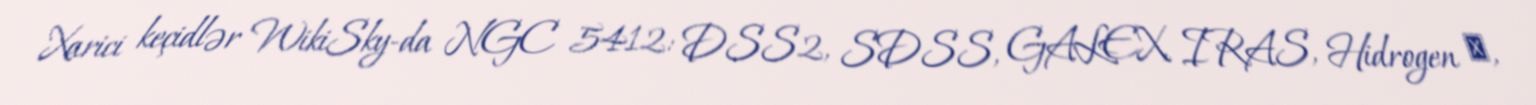
Xarici keçidlər WikiSky-da NGC 5412: DSS2, SDSS, GALEX, IRAS, Hidrogen α,